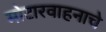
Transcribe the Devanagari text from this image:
मोटारवाहनाचे